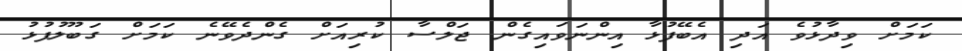
ކަމަށް ވިދާޅުވެ އަދި އެބޭފުޅާ އިންނަވައިގެން ޖަލްސާ ކުރިއަށް ގެންދެވޭނެ ކަމަށް ގަބޫލުފުޅު